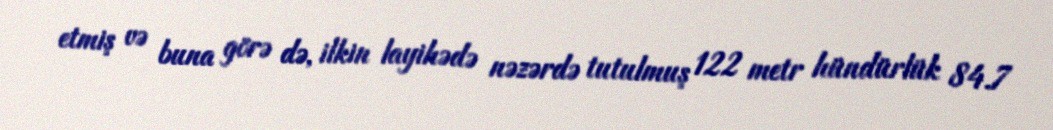
etmiş və buna görə də, ilkin layihədə nəzərdə tutulmuş 122 metr hündürlük 84.7